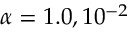
\alpha = 1 . 0 , 1 0 ^ { - 2 }